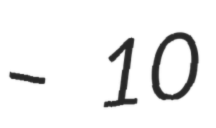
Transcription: – 10